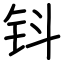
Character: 钭